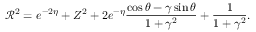
\mathcal R ^ { 2 } = e ^ { - 2 \eta } + Z ^ { 2 } + 2 e ^ { - \eta } \frac { \cos \theta - \gamma \sin \theta } { 1 + \gamma ^ { 2 } } + \frac { 1 } { 1 + \gamma ^ { 2 } } .